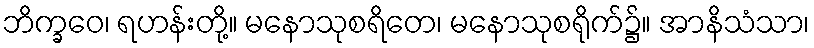
ဘိက္ခဝေ၊ ရဟန်းတို့။ မနောသုစရိတေ၊ မနောသုစရိုက်၌။ အာနိသံသာ၊